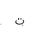
Letter: _ta